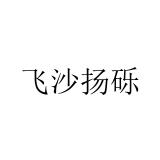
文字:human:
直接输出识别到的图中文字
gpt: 飞沙扬砾